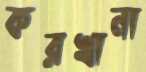
করখানা